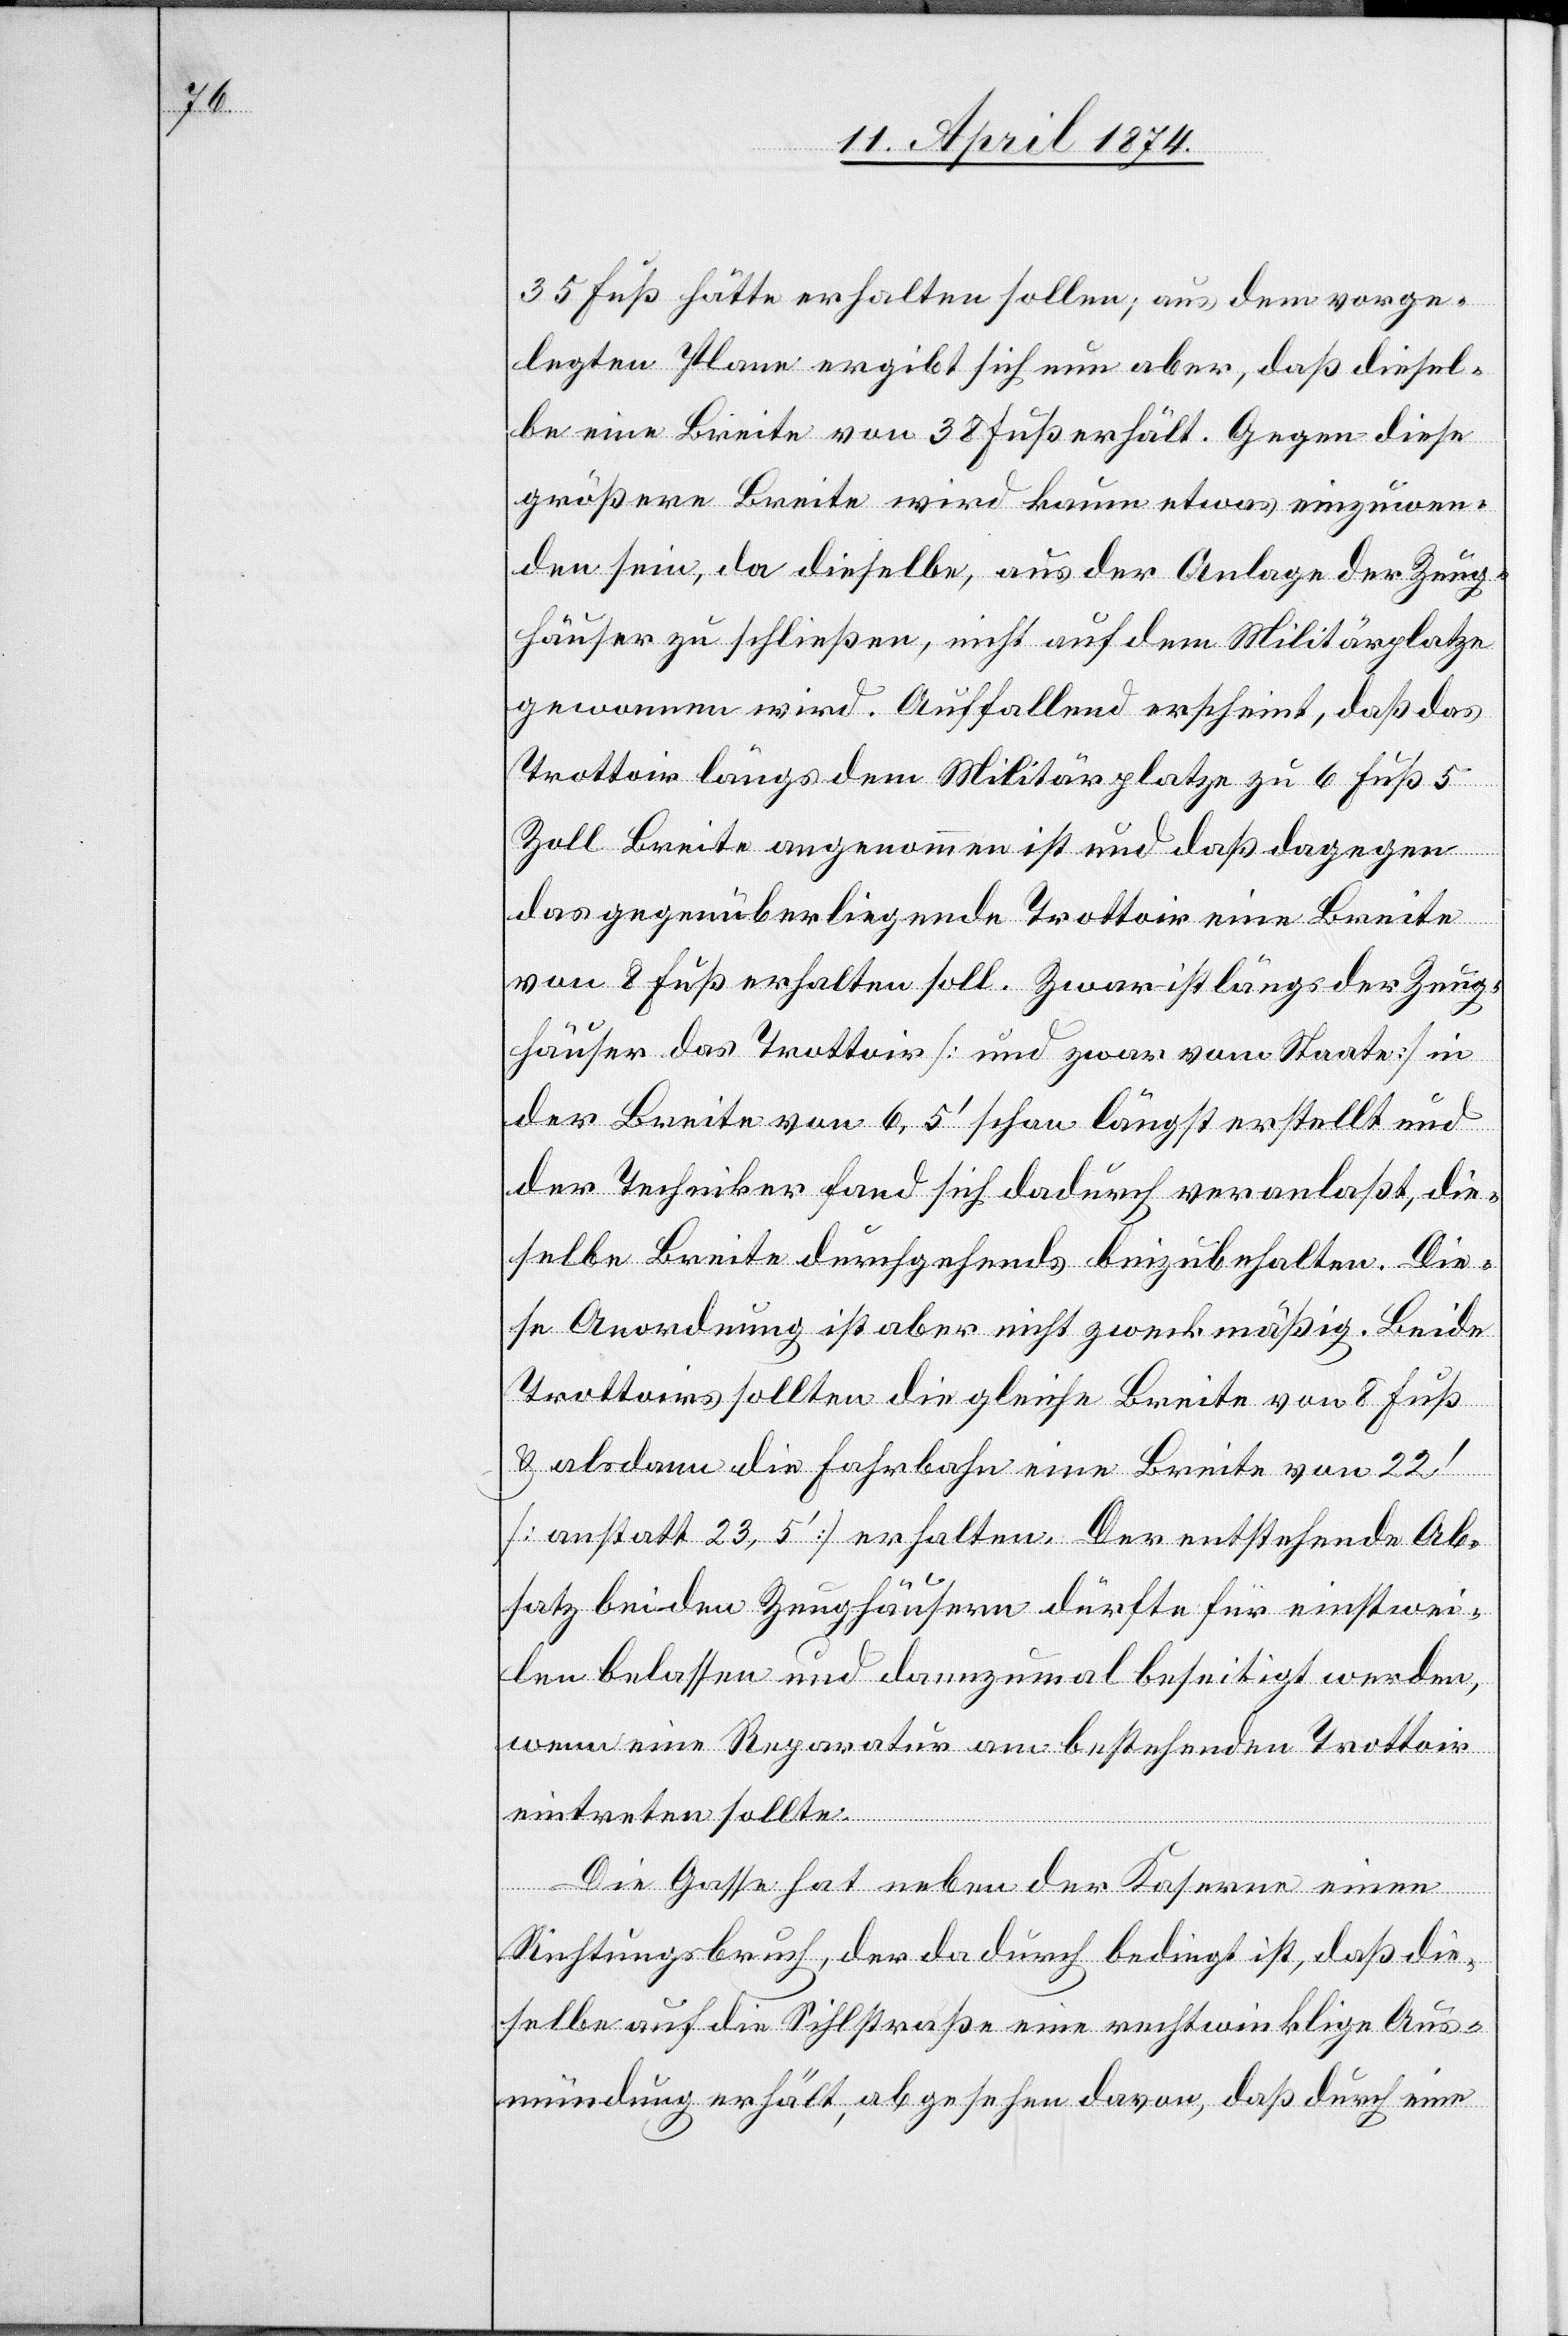
35 Fuß hätte erhalten sollen; aus dem vorge¬
legten Plane ergibt sich nun aber, daß diesel¬
be eine Breite von 38 Fuß erhält. Gegen diese
größere Breite wird kaum etwas einzuwen¬
den sein, da dieselbe, aus der Anlage der Zeug¬
häuser zu schließen, nicht auf dem Militärplatze
gewonnen wird. Auffallend erscheint, daß das
Trottoir längs dem Militärplatze zu 6 Fuß 5
Zoll Breite angenommen ist und daß dagegen
das gegenüberliegende Trottoir eine Breite
von 8 Fuß erhalten soll. Zwar ist längs der Zeug¬
häuser das Trottoir [und zwar vom Staate] in
der Breite von 6,5‘ schon längst erstellt und
der Techniker fand sich dadurch veranlaßt, die¬
selbe Breite durchgehends beizubehalten. Die¬
se Anordnung ist aber nicht zweckmäßig. Beide
Trottoirs sollten die gleiche Breite von 8 Fuß
u. alsdann die Fahrbahn eine Breite von 22‘
[anstatt 23,5‘] erhalten. Der entstehende Ab¬
satz bei den Zeughäusern dürfte für einstwei¬
len belassen und dannzumal beseitigt werden,
wenn eine Reparatur am bestehenden Trottoir
eintreten sollte.
Die Gasse hat neben der Kaserne einen
Richtungsbruch, der dadurch bedingt ist, daß die¬
selbe auf die Sihlstraße eine rechtwinklige Aus¬
mündung erhält, abgesehen davon, daß durch eine